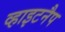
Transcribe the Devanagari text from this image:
व्हाइटनैप